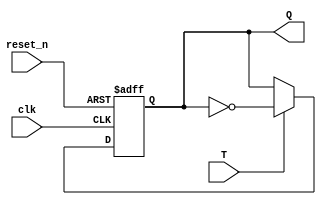
`timescale 1ns / 1ps
module T_FF
(
input clk,
input T,
input reset_n,
output Q
);

localparam C2Q_DELAY = 2; // Clock-to-Q delay. To simulate the actual delay witnessed when we make an actual T-FF on an FPGA.

reg Q_reg;
wire Q_next;

always @(posedge clk, negedge reset_n)
begin
	if(~reset_n)
		Q_reg <= 1'b0;
	else
		#C2Q_DELAY Q_reg <= Q_next;
end

// Next state logic
assign Q_next = T ? ~Q_reg : Q_reg;

// Output logic
assign Q = Q_reg;

endmodule